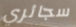
سجائري